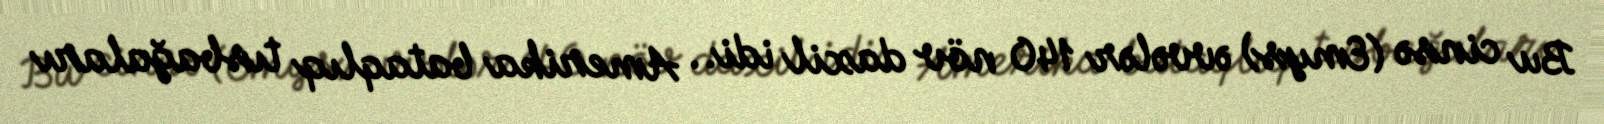
Bu cinsə (Emys) əvvələr 140 növ daxil idi.. Amerika bataqlıq tısbağaları